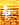
يا